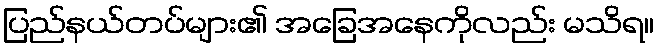
ပြည်နယ်တပ်များ၏ အခြေအနေကိုလည်း မသိရ။